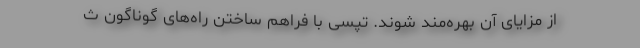
از مزایای آن بهره‌مند شوند. تپسی با فراهم ساختن راه‌های گوناگون ث